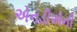
એનડીએની